system: You are a helpful assistant.
user:
Analyze the provided spectrum to determine if it is a **M-type Giant (gM)**.

A M-type Giant spectrum is defined by its **strong molecular absorption** features, particularly from **Titanium Oxide (TiO)**. You must check for one of the following mutually exclusive signatures:

- **Key Visual Indicators (Absorption-Dominated Spectrum):**

    - **(Primary):** The spectrum is dominated by strong molecular absorption from **Titanium Oxide (TiO)**. This is the **defining feature** of its M-type temperature class.
        - **(Key Bandheads):** Look for sharp, "saw-tooth" absorption valleys. The strongest are located near **~7050 Å**, **~6160 Å**, and **~5170 Å**.
        - **(Line Profile):** The "saw-tooth" morphology is critical: a **sharp, steep drop on the BLUE (short-wavelength) side** of the bandhead, followed by a gradual recovery (rising flux) towards the RED (long-wavelength) side.

    - **(Key Confirmation - Giant vs. Dwarf):** **ABSENCE** of strong **Calcium Hydride (CaH)** molecular bands. This is the primary diagnostic for *excluding* M-dwarfs.
        - **(Key Region):** The spectrum should lack the strong, broad absorption band seen in dwarfs between **~6800 Å and ~7000 Å**.

    - **(Secondary Confirmation - Giant):** A very strong and broad **Neutral Calcium (Ca I)** atomic absorption line.
        - **(Key Line):** Located at **~4226 Å**. In a giant (gM), this line is significantly deeper and broader than the same line in an M-dwarf (dM) due to low surface gravity.

    - **(Overall Spectrum):**
        - The continuum is **extremely red-sloping** (i.e., flux is very low in the blue and rises dramatically towards the red).
        - The entire spectrum appears "chopped up" by the deep TiO bands.

Think first, call **spectral_visualization_tool** if needed to examine features in detail, then provide your final answer. Your response must adhere to the following strict rules:
1.  **Overall Structure:** Your response must follow the format `<think>...</think> <tool_call>...</tool_call> (if a tool is used) <answer>...</answer>`.
2.  **Tool Usage Constraint:** You may only make **one** tool call per turn.
3.  **Final Answer Format:** In the `<answer>` tag, your conclusion must be inside a `\boxed{}` command (e.g., `\boxed{YES}` or `\boxed{NO}`), followed by your justification.

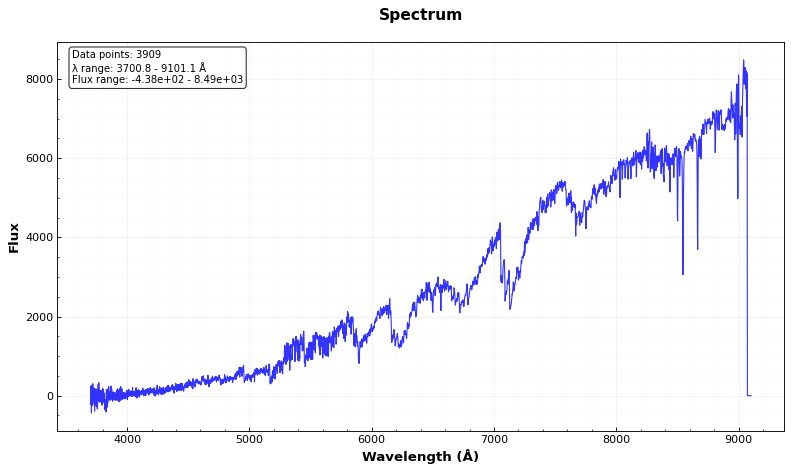
Answer: YES